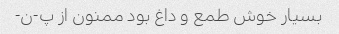
بسیار خوش طمع و داغ بود ممنون از پ-ن-